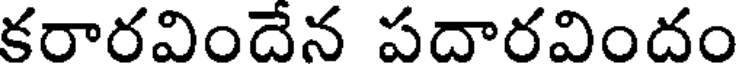
కరారవిందేన పదారవిందం